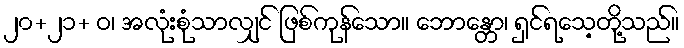
၂၀+၂၁+ ဝ၊ အလုံးစုံသာလျှင် ဖြစ်ကုန်သော။ ဘောန္တော၊ ရှင်ရသေ့တို့သည်။